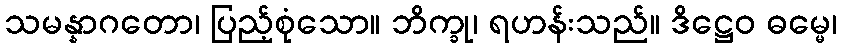
သမန္နာဂတော၊ ပြည့်စုံသော။ ဘိက္ခု၊ ရဟန်းသည်။ ဒိဋ္ဌေဝ ဓမ္မေ၊